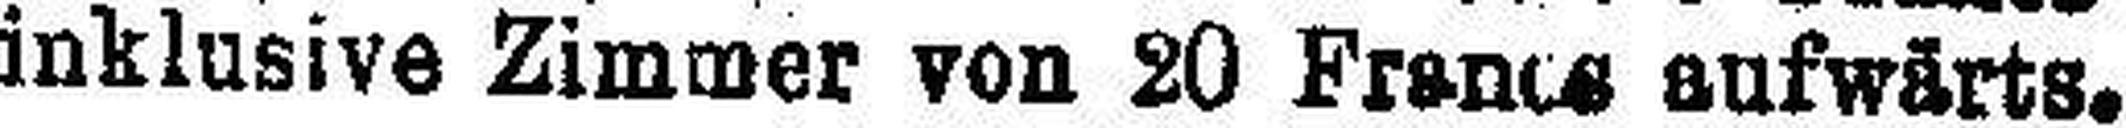
inklusive Zimmer von 20 Francs aufwärts.